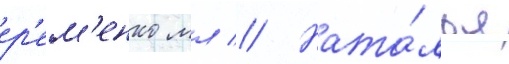
ер'ем'енко мл // Ната́лья